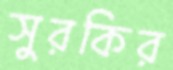
সুরকির